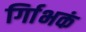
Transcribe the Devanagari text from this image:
र्गािभकं